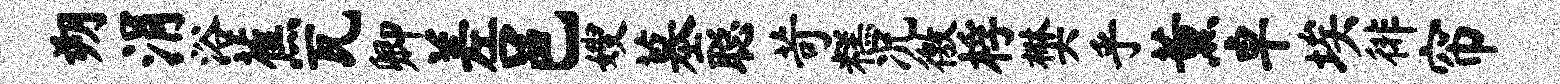
朔涓浴蕉瓦卿差邑嫂墓聪苛糕况徼桴樊乎薰卓埃徘帘